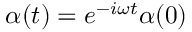
~ \alpha ( t ) = e ^ { - i \omega t } \alpha ( 0 )